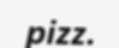
pizz.